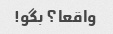
واقعا؟ بگو!